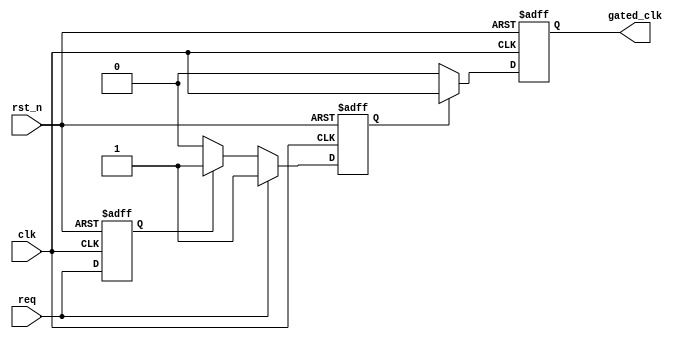
module dynamic_clock_gating (
    input wire clk,               // Main clock input
    input wire rst_n,             // Active low reset
    input wire req,               // Memory operation request (read/write)
    output reg gated_clk          // Gated clock output
);

// Internal signals
reg is_active;                  // Activity flag
reg prev_req;                   // Previous request signal

// Activity Monitoring Logic
always @(posedge clk or negedge rst_n) begin
    if (!rst_n) begin
        is_active <= 1'b0;
        prev_req <= 1'b0;
    end else begin
        // Update activity status based on request signal
        if (req) begin
            is_active <= 1'b1;   // Active if there is a request
        end else if (prev_req) begin
            is_active <= 1'b1;   // Remain active if the previous request was active
        end else begin
            is_active <= 1'b0;   // No activity detected
        end
        
        prev_req <= req;         // Store the current request for the next cycle
    end
end

// Clock Gating Logic
always @(posedge clk or negedge rst_n) begin
    if (!rst_n) begin
        gated_clk <= 1'b0;       // Reset gated clock
    end else begin
        if (is_active) begin
            gated_clk <= clk;     // Pass the clock if active
        end else begin
            gated_clk <= 1'b0;    // Gated clock if inactive
        end
    end
end

endmodule